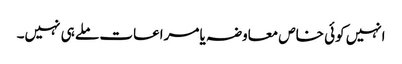
انہیں کوئی خاص معاوضہ یا مراعات ملے ہی نہیں۔